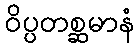
ဝိပ္ပတစ္ဆမာနံ